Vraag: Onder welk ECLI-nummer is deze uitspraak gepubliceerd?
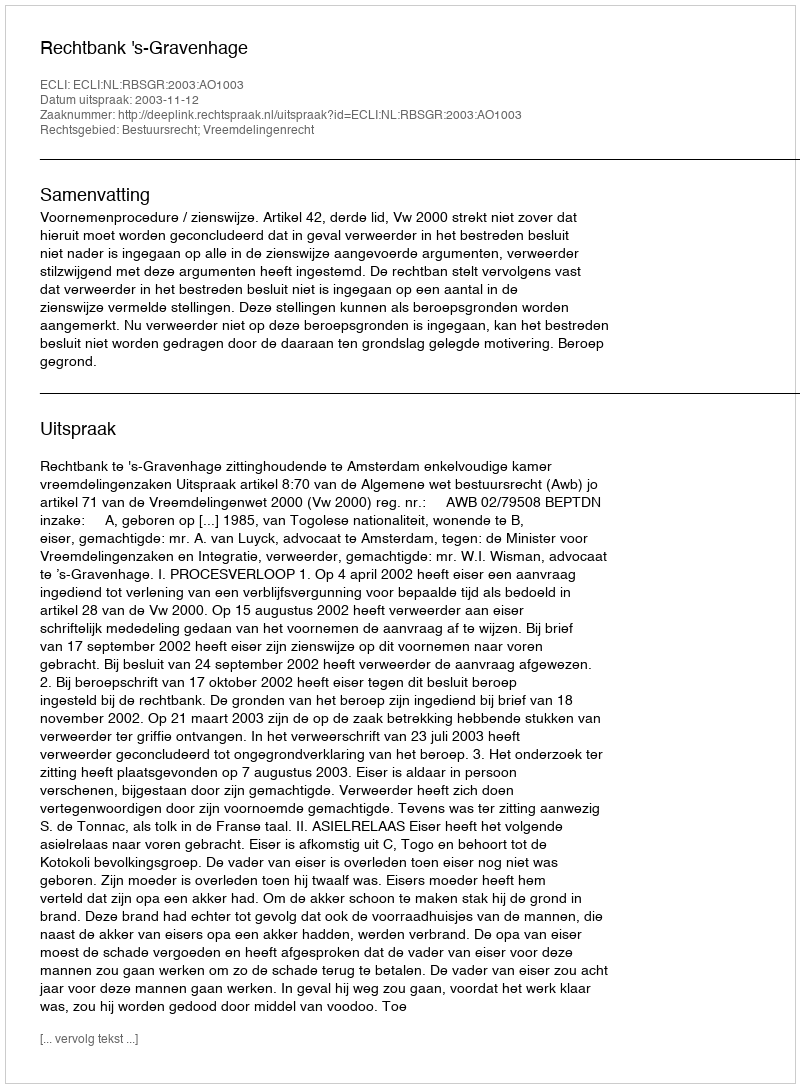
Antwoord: ECLI:NL:RBSGR:2003:AO1003